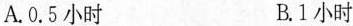
A.0.5小时 B.1小时